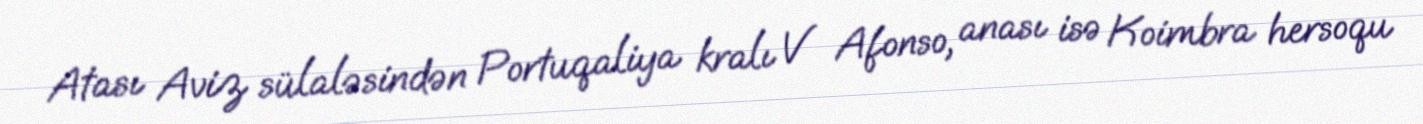
Atası Aviz sülaləsindən Portuqaliya kralı V Afonso, anası isə Koimbra hersoqu